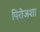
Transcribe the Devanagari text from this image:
पिरोजशा